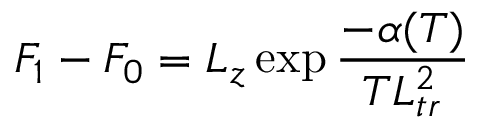
F _ { 1 } - F _ { 0 } = L _ { z } \exp { \frac { - \alpha ( T ) } { T L _ { t r } ^ { 2 } } }